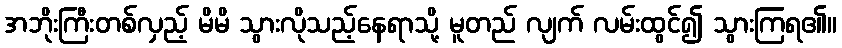
အဘိုးကြီးတစ်လှည့် မိမိ သွားလိုသည့်နေရာသို့ မူတည် လျက် လမ်းထွင်၍ သွားကြရ၏။